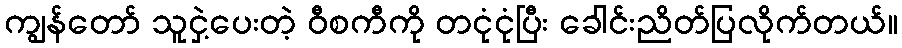
ကျွန်တော် သူငှဲ့ပေးတဲ့ ဝီစကီကို တငုံငုံပြီး ခေါင်းညိတ်ပြလိုက်တယ်။